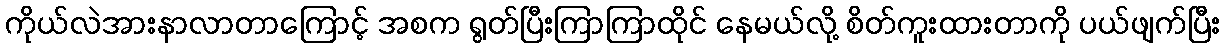
ကိုယ်လဲအားနာလာတာကြောင့် အစက ရွတ်ပြီးကြာကြာထိုင် နေမယ်လို့ စိတ်ကူးထားတာကို ပယ်ဖျက်ပြီး